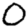
Digit: 0